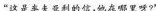
“这是车夫亚利的信，他在哪里呀?”